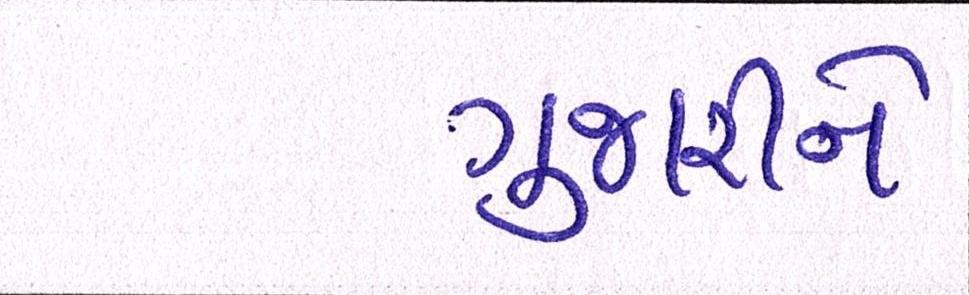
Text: ગુજારીને